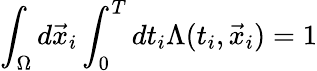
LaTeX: \int_{\Omega}d\vec{x}_{i}\int_{0}^{T}dt_{i}\Lambda(t_{i},\vec{x}_{i})=1